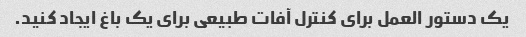
یک دستور العمل برای کنترل آفات طبیعی برای یک باغ ایجاد کنید.